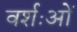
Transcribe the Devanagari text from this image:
वर्शःओं